Scientific memoirs by medical officers of the Army of India - Part XII,
Year: 1901
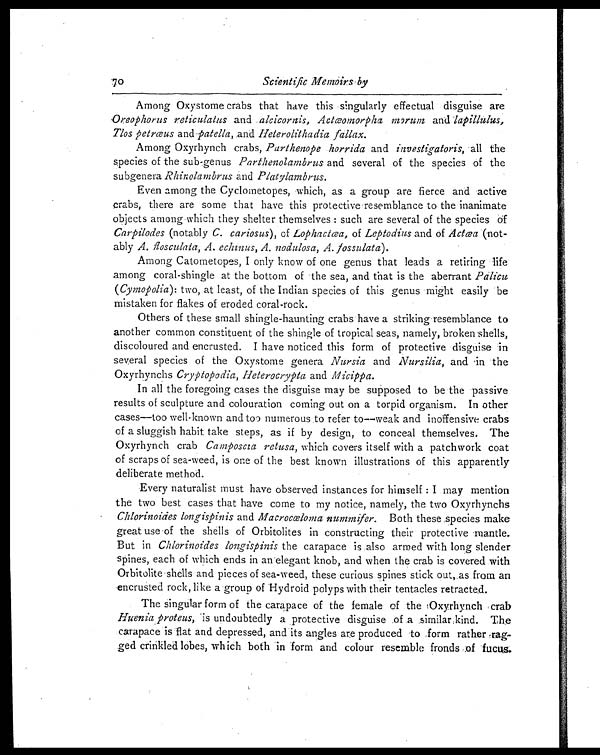
70
Scientific Memoirs by
Among Oxystome crabs that have this singularly effectual disguise are
Oreophorus reticulatus and alcicornis, Actœomorpha morum and lapillulus,
Tlos petrceus and patella, and Heterolithadia fallax.
Among Oxyrhynch crabs, Parthenope horrida and investigatoris, all the
species of the sub-genus Parthenolambrus and several of the species of the
subgenera Rhinolambrus and Platylambrus.
Even among the Cyclometopes, which, as a group are fierce and active
crabs, there are some that have this protective resemblance to the inanimate
objects among which they shelter themselves : such are several of the species of
Carpilodes (notably C. cariosus), of Lophactœa, of Leptocius and of Actœa (not-
ably A. f l o s c u l a t a ,
A .
e c h i n u s ,
A .
n o d u l o s a , A . f o s s u l a t a ) .
Among Catometopes, I only know of one genus that leads a retiring life
among coral-shingle at the bottom of the sea, and that is the aberrant P a l i c u
(Cymopolia): two, at least, of the Indian species of this genus might easily be
mistaken for flakes of eroded coral-rock.
Others of these small shingle-haunting crabs have a striking resemblance to
another common constituent of the shingle of tropical seas, namely, broken shells,
discoloured and encrusted. I have noticed this form of protective disguise in
several species of the Oxystome genera Nursia and Nursilia, and in the
Oxyrhynchs Cryptopodia, Heterocrypta and Micippa.
In all the foregoing cases the disguise may be supposed to be the passive
results of sculpture and colouration coming out on a torpid organism. In other
cases—too well-known and too numerous to refer to—weak and inoffensive crabs
of a sluggish habit take steps, as if by design, to conceal themselves, The
Oxyrhynch crab Camposcia retusa, which covers itself with a patchwork coat
of scraps of sea-weed, is one of the best known illustrations of this apparently
deliberate method.
Every naturalist must have observed instances for himself : I may mention
the two best cases that have come to my notice, namely, the two Oxyrhynchs
Chlorinoides longispinis and Macrocœlonma nummifer. Both these species make
great use of the shells of Orbitolites in constructing their protective mantle.
But in Chlorinoides longispinis the carapace is also armed with long slender
spines, each of which ends in an elegant knob, and when the crab is covered with
Orbitolite shells and pieces of sea-weed, these curious spines stick out, as from an
encrusted rock, like a group of Hydroid polyps with their tentacles retracted.
The singular form of the carapace of the female of the Oxyrhynch crab
Huenia proteus, is undoubtedly a protective disguise of a similar kind. The
carapace is flat and depressed, and its angles are produced to form rather rag-
ged crinkled lobes, which both in form and colour resemble fronds of fucus.